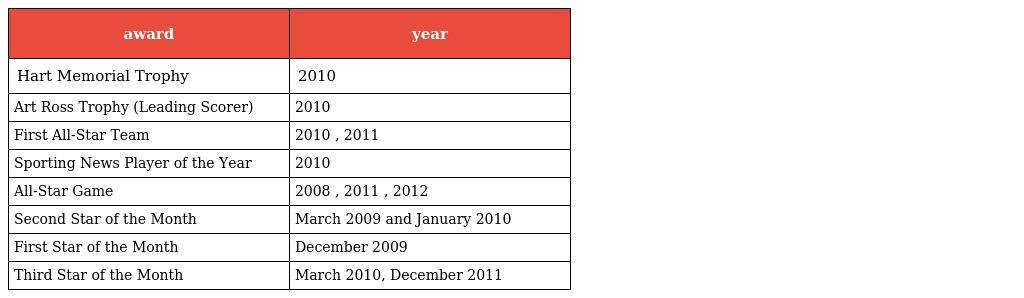
| award | year |
 | --- | --- |
 | Hart Memorial Trophy | 2010 |
 | Art Ross Trophy (Leading Scorer) | 2010 |
 | First All-Star Team | 2010 , 2011 |
 | Sporting News Player of the Year | 2010 |
 | All-Star Game | 2008 , 2011 , 2012 |
 | Second Star of the Month | March 2009 and January 2010 |
 | First Star of the Month | December 2009 |
 | Third Star of the Month | March 2010, December 2011 |